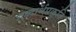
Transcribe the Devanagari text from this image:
शब्दार्थप्रकृति